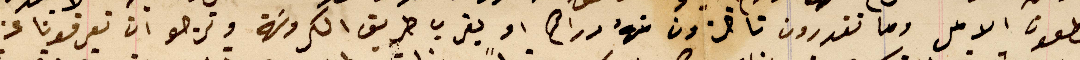
تقطعون الامل وما تقدرون تاخزون منهُ دراهم او بقرب طريق الكروسَة ونرجو ان تعرفونا عن